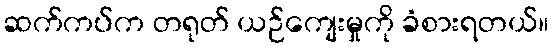
ဆက်ကပ်က တရုတ် ယဉ်ကျေးမှုကို ခံစားရတယ်။